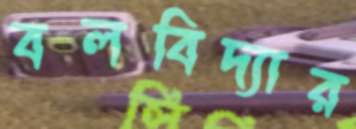
বলবিদ্যার